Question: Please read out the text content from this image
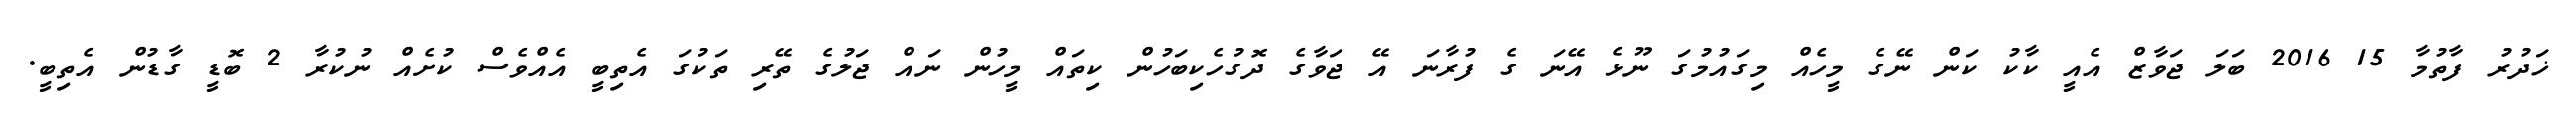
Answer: ޚަދުރު ފާތުމާ 15 2016 ބަލަ ޖަވާޒް އެއީ ކާކު ކަން ނޭގެ މީހެއް މިގައުމުގަ ނޫޅެ އޭނަ ގެ ފުރާނަ އޭ ޖަވާގެ ދޮގުހެކިބަހުން ކިތައް މީހުން ނައް ޖަލުގެ ތޭރި ތަކުގަ އެތިބީ އެއްވެސް ކުށެއް ނުކުރާ 2 ބޮޑީ ގާޑުން އެތިބީ.